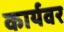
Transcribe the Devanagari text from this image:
कार्यवर